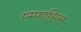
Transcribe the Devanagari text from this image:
एम्फासिस